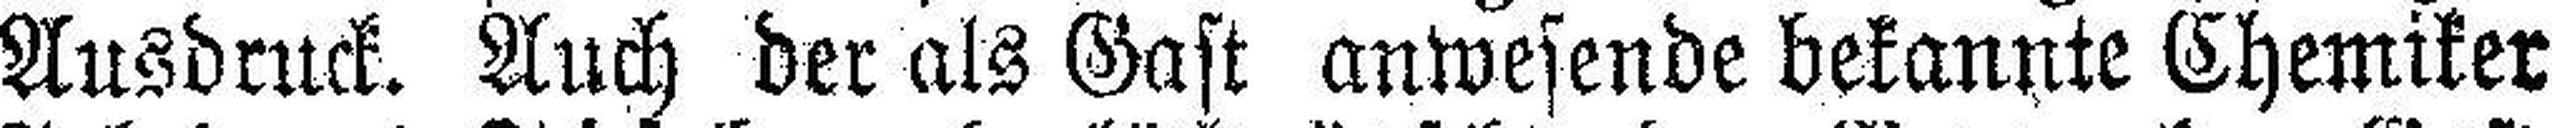
Ausdruck. Auch der als Gast anwesende bekannte Chemiker